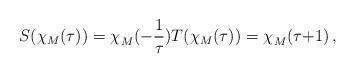
LaTeX: \begin{align*} S(\chi_M(\tau)^{}) = \chi_M^{}({-}\frac{1}{\tau}) T(\chi_M(\tau)^{}) = \chi_M^{}(\tau{+}1) \,, \end{align*}